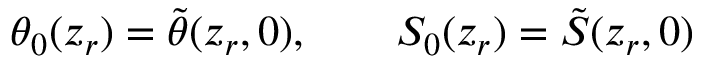
\theta _ { 0 } ( z _ { r } ) = \tilde { \theta } ( z _ { r } , 0 ) , \qquad S _ { 0 } ( z _ { r } ) = \tilde { S } ( z _ { r } , 0 )